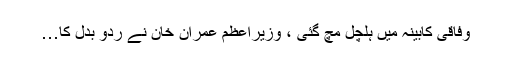
وفاقی کابینہ میں ہلچل مچ گئی ، وزیراعظم عمران خان نے ردو بدل کا…